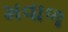
મવાળ